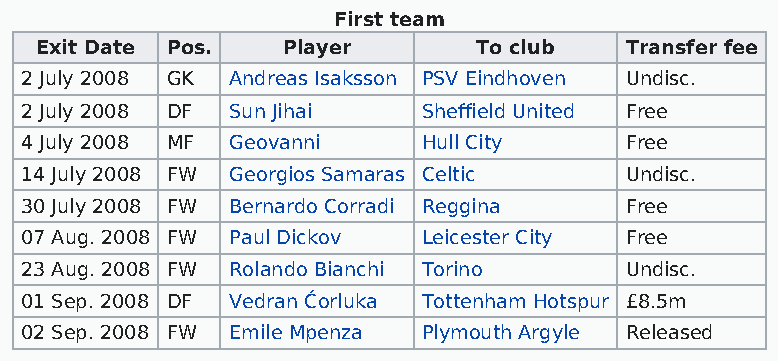
First team
 Exit Date Pos.   Player      To club   Transfer fee
 2 July 2008 GK Andreas Isaksson PSV Eindhoven Undisc.
 2 July 2008 DF Sun Jihai   Sheffield United Free
 4 July 2008 MF Geovanni    Hull City    Free
 14 July 2008 FW Georgios Samaras Celtic Undisc.
 30 July 2008 FW Bernardo Corradi Reggina Free
 07 Aug. 2008 FW Paul Dickov Leicester City Free
 23 Aug. 2008 FW Rolando Bianchi Torino  Undisc.
 01 Sep. 2008 DF Vedran Ćorluka Tottenham Hotspur £8.5m
 02 Sep. 2008 FW Emile Mpenza Plymouth Argyle Released